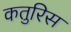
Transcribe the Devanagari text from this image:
कतुरिस